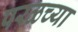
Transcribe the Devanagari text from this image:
परळच्या